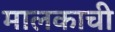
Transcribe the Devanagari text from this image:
मालकाची